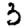
Digit: 3